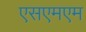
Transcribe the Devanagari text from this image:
एसएमएम